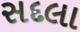
સદલા